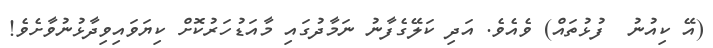
(އޭ ކިއުނު  ފުޅުތައް) ވެއެވެ. އަދި ކަލޭގެފާނު ނަމާދުގައި މާއަޑުހަރުކޮށް ކިޔަވައިވިދާޅުނުވާށެވެ!